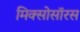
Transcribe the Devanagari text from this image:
मिक्सोसॉरस